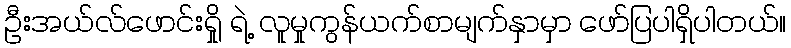
ဦးအယ်လ်ဖောင်းရှို ရဲ့ လူမှုကွန်ယက်စာမျက်နှာမှာ ဖော်ပြပါရှိပါတယ်။